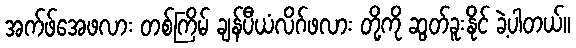
အက်ဖ်အေဖလား တစ်ကြိမ် ချန်ပီယံလိဂ်ဖလား တို့ကို ဆွတ်ခူးနိုင် ခဲ့ပါတယ်။